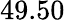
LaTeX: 49.50